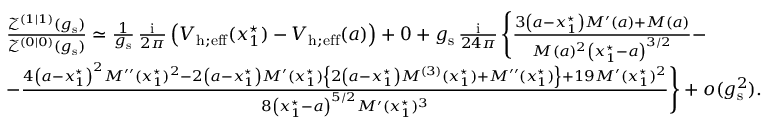
\begin{array} { r l } & { \frac { \mathcal { Z } ^ { ( 1 | 1 ) } ( g _ { \mathrm { s } } ) } { \mathcal { Z } ^ { ( 0 | 0 ) } ( g _ { \mathrm { s } } ) } \simeq \frac { 1 } { g _ { \mathrm { s } } } \, \frac { { \mathrm { i } } } { 2 \pi } \left( V _ { \mathrm { h ; e f f } } ( x _ { 1 } ^ { \star } ) - V _ { \mathrm { h ; e f f } } ( a ) \right) + 0 + g _ { \mathrm { s } } \, \frac { { \mathrm { i } } } { 2 4 \pi } \, \Bigg \lbrace \frac { 3 \left( a - x _ { 1 } ^ { \star } \right) M ^ { \prime } ( a ) + M ( a ) } { M ( a ) ^ { 2 } \left( x _ { 1 } ^ { \star } - a \right) ^ { 3 / 2 } } - } \\ & { - \frac { 4 \left( a - x _ { 1 } ^ { \star } \right) ^ { 2 } M ^ { \prime \prime } ( x _ { 1 } ^ { \star } ) ^ { 2 } - 2 \left( a - x _ { 1 } ^ { \star } \right) M ^ { \prime } ( x _ { 1 } ^ { \star } ) \left\{ 2 \left( a - x _ { 1 } ^ { \star } \right) M ^ { ( 3 ) } ( x _ { 1 } ^ { \star } ) + M ^ { \prime \prime } ( x _ { 1 } ^ { \star } ) \right\} + 1 9 M ^ { \prime } ( x _ { 1 } ^ { \star } ) ^ { 2 } } { 8 \left( x _ { 1 } ^ { \star } - a \right) ^ { 5 / 2 } M ^ { \prime } ( x _ { 1 } ^ { \star } ) ^ { 3 } } \Bigg \rbrace + o ( g _ { \mathrm { s } } ^ { 2 } ) . } \end{array}